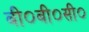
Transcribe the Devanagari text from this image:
बी०बी०सी०